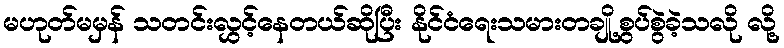
မဟုတ်မမှန် သတင်းလွှင့်နေတယ်ဆိုပြီး နိုင်ငံရေးသမားတချို့စွပ်စွဲခဲ့သလို လို့